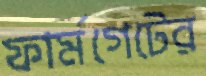
ফার্মগেটের